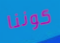
كوننا